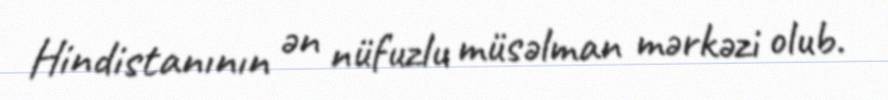
Hindistanının ən nüfuzlu müsəlman mərkəzi olub.